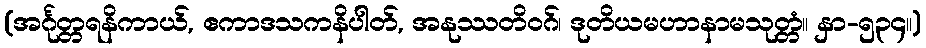
(အင်္ဂုတ္တရနိကာယ်, ဧကာဒသကနိပါတ်, အနုဿတိဝဂ်၊ ဒုတိယမဟာနာမသုတ္တံ။ နှာ-၅၃၄။)